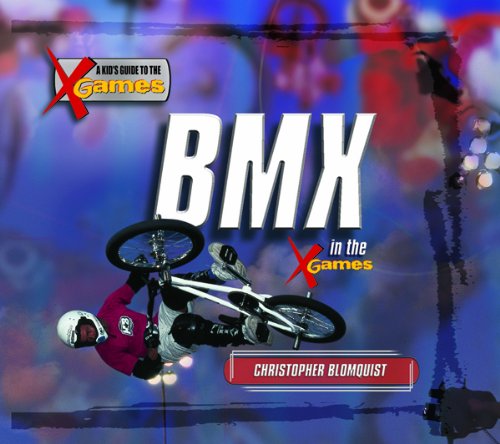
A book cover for Bmx in the X Games (Kid's Guide to the X Games); Christopher Blomquist; Children's Books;